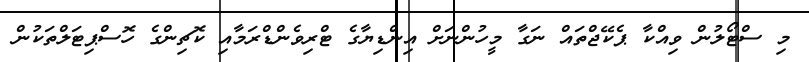
މި ސްޓޯލުން ވިއްކާ ޕެކޭޖްތައް ނަގާ މީހުންނަށް އިންޑިޔާގެ ޓްރިވެންޑްރަމާއި ކޮޗިންގެ ހޮސްޕިޓަލްތަކުން